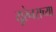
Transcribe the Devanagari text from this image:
यूरेनसच्या